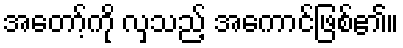
အတော့်ကို လှသည့် အကောင်ဖြစ်၏။